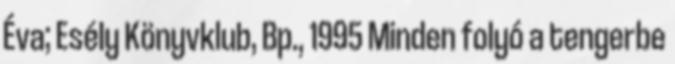
Éva; Esély Könyvklub, Bp., 1995 Minden folyó a tengerbe